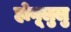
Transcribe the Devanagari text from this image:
होनूलुलु